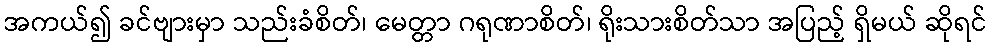
အကယ်၍ ခင်ဗျားမှာ သည်းခံစိတ်၊ မေတ္တာ ဂရုဏာစိတ်၊ ရိုးသားစိတ်သာ အပြည့် ရှိမယ် ဆိုရင်